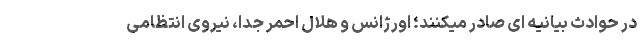
در حوادث بیانیه ای صادر میکنند؛ اورژانس و هلال احمر جدا، نیروی انتظامی